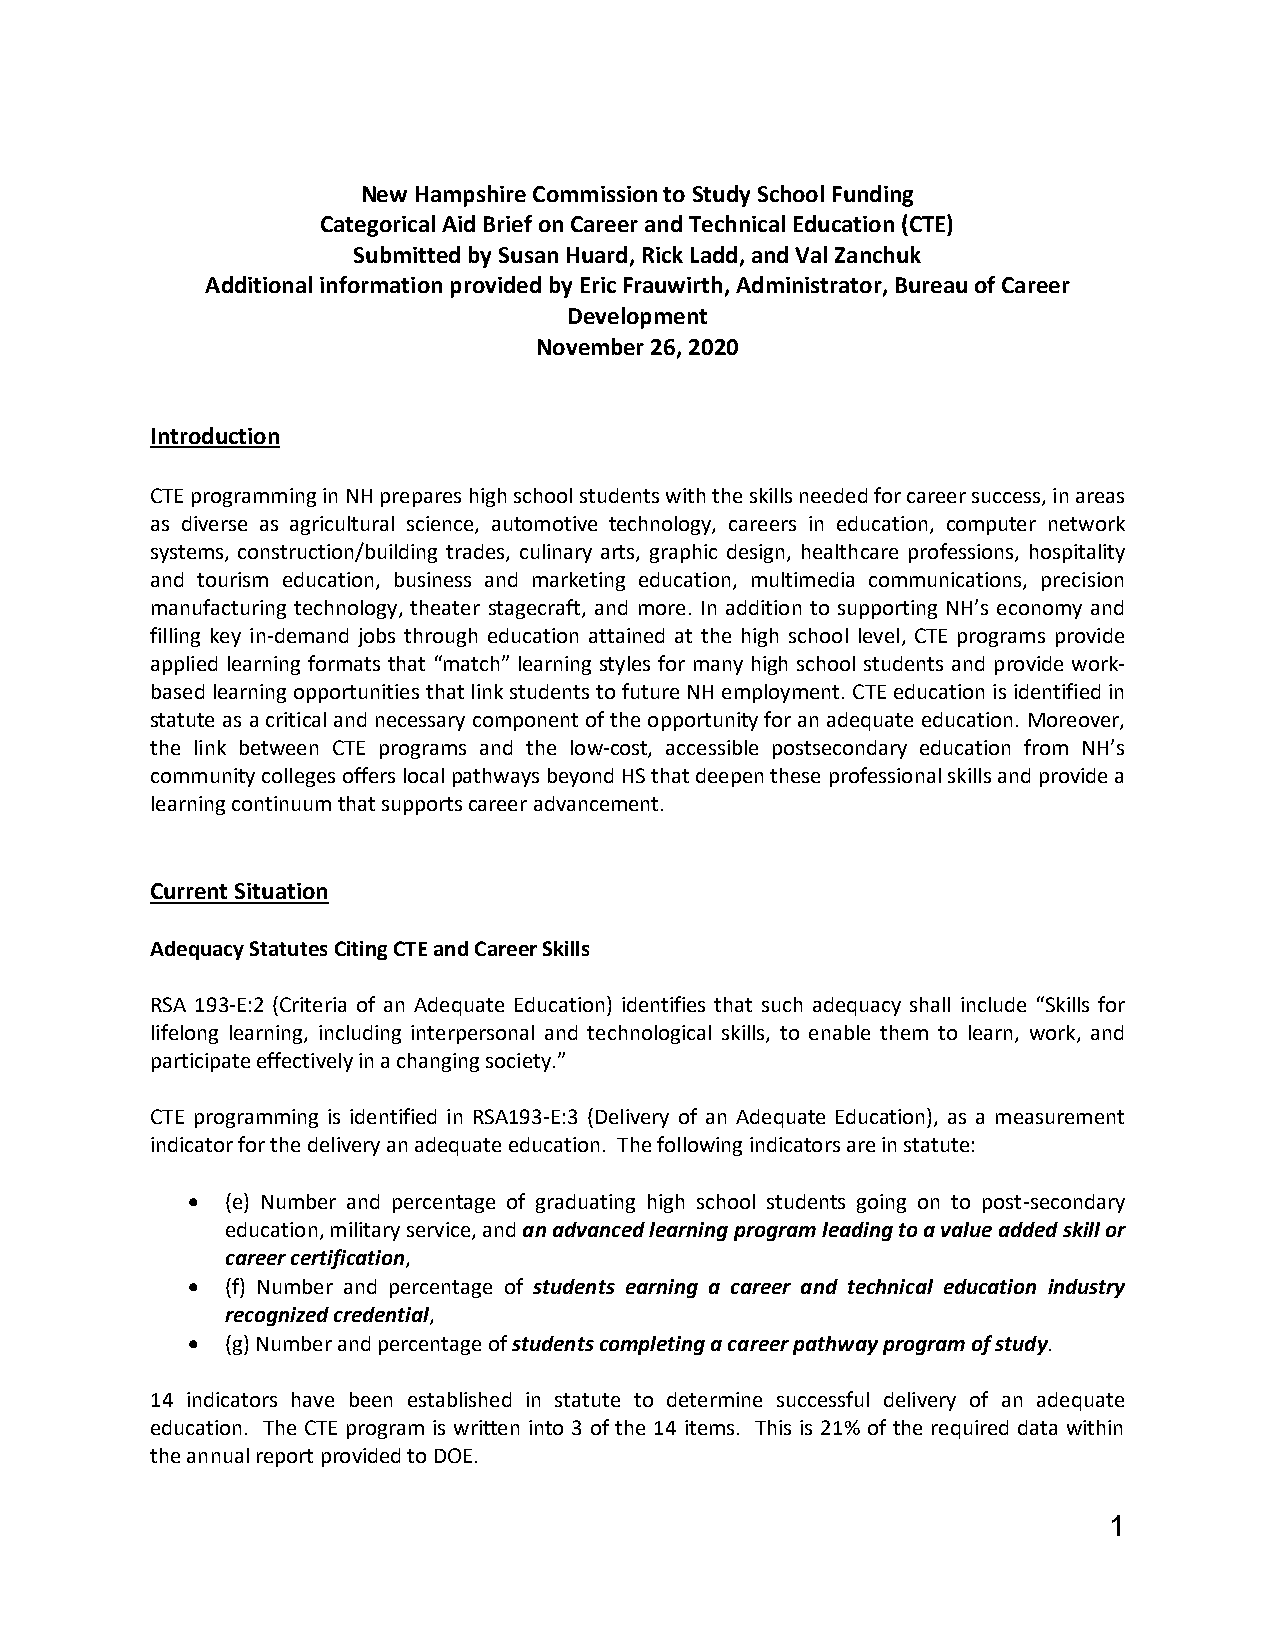
New Hampshire Commission to Study School Funding
 Categorical Aid Brief on Career and Technical Education (CTE)
 Submitted by Susan Huard, Rick Ladd, and Val Zanchuk
 Additional information provided by Eric Frauwirth, Administrator, Bureau of Career
 Development
 November 26, 2020
 Introduction
 CTE programming in NH prepares high school students with the skills needed for career success, in areas
 as diverse as agricultural science, automotive technology, careers in education, computer network
 systems, construction/building trades, culinary arts, graphic design, healthcare professions, hospitality
 and tourism education, business and marketing education, multimedia communications, precision
 manufacturing technology, theater stagecraft, and more. In addition to supporting NH’s economy and
 filling key in-demand jobs through education attained at the high school level, CTE programs provide
 applied learning formats that “match” learning styles for many high school students and provide work-
 based learning opportunities that link students to future NH employment. CTE education is identified in
 statute as a critical and necessary component of the opportunity for an adequate education. Moreover,
 the link between CTE programs and the low-cost, accessible postsecondary education from NH’s
 community colleges offers local pathways beyond HS that deepen these professional skills and provide a
 learning continuum that supports career advancement.
 Current Situation
 Adequacy Statutes Citing CTE and Career Skills
 RSA 193-E:2 (Criteria of an Adequate Education) identifies that such adequacy shall include “Skills for
 lifelong learning, including interpersonal and technological skills, to enable them to learn, work, and
 participate effectively in a changing society.”
 CTE programming is identified in RSA193-E:3 (Delivery of an Adequate Education), as a measurement
 indicator for the delivery an adequate education. The following indicators are in statute:
 •  (e) Number and percentage of graduating high school students going on to post-secondary
 education, military service, and an advanced learning program leading to a value added skill or
 career certification,
 •  (f) Number and percentage of students earning a career and technical education industry
 recognized credential,
 •  (g) Number and percentage of students completing a career pathway program of study.
 14 indicators have been established in statute to determine successful delivery of an adequate
 education. The CTE program is written into 3 of the 14 items. This is 21% of the required data within
 the annual report provided to DOE.
 1